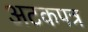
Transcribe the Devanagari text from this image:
अटकपत्र